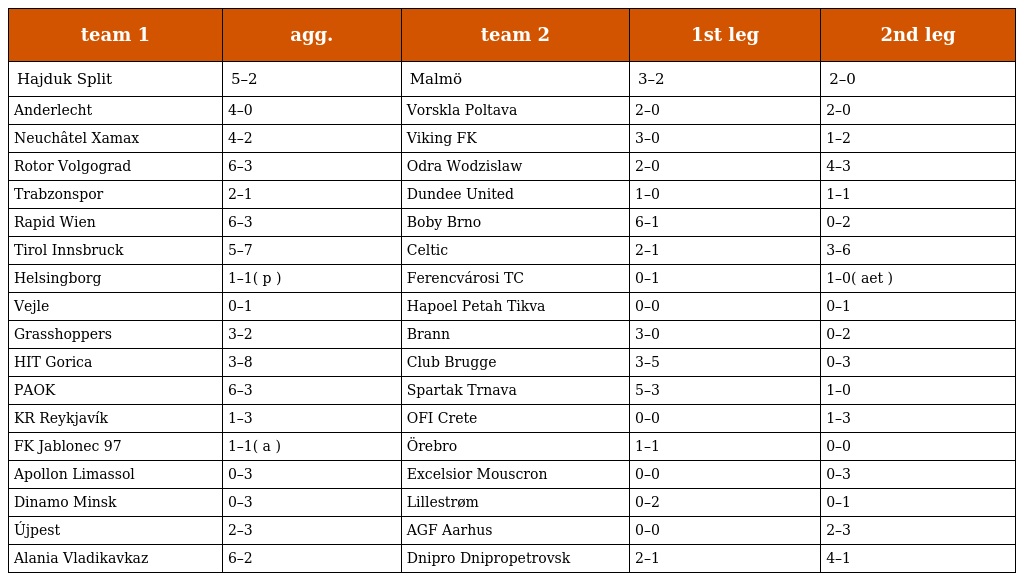
| team 1 | agg. | team 2 | 1st leg | 2nd leg |
 | --- | --- | --- | --- | --- |
 | Hajduk Split | 5–2 | Malmö | 3–2 | 2–0 |
 | Anderlecht | 4–0 | Vorskla Poltava | 2–0 | 2–0 |
 | Neuchâtel Xamax | 4–2 | Viking FK | 3–0 | 1–2 |
 | Rotor Volgograd | 6–3 | Odra Wodzislaw | 2–0 | 4–3 |
 | Trabzonspor | 2–1 | Dundee United | 1–0 | 1–1 |
 | Rapid Wien | 6–3 | Boby Brno | 6–1 | 0–2 |
 | Tirol Innsbruck | 5–7 | Celtic | 2–1 | 3–6 |
 | Helsingborg | 1–1( p ) | Ferencvárosi TC | 0–1 | 1–0( aet ) |
 | Vejle | 0–1 | Hapoel Petah Tikva | 0–0 | 0–1 |
 | Grasshoppers | 3–2 | Brann | 3–0 | 0–2 |
 | HIT Gorica | 3–8 | Club Brugge | 3–5 | 0–3 |
 | PAOK | 6–3 | Spartak Trnava | 5–3 | 1–0 |
 | KR Reykjavík | 1–3 | OFI Crete | 0–0 | 1–3 |
 | FK Jablonec 97 | 1–1( a ) | Örebro | 1–1 | 0–0 |
 | Apollon Limassol | 0–3 | Excelsior Mouscron | 0–0 | 0–3 |
 | Dinamo Minsk | 0–3 | Lillestrøm | 0–2 | 0–1 |
 | Újpest | 2–3 | AGF Aarhus | 0–0 | 2–3 |
 | Alania Vladikavkaz | 6–2 | Dnipro Dnipropetrovsk | 2–1 | 4–1 |